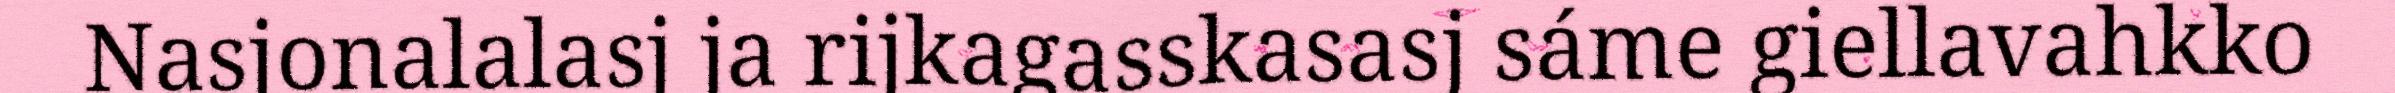
Nasjonalalasj ja rijkagasskasasj sáme giellavahkko